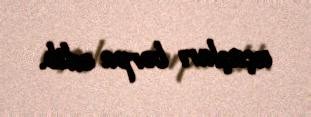
uçuşları bərpa edib.